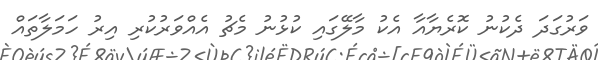
ވަރުގަދަ ދެކުނު ކޮރެޔާއާ އެކު މާލޭގައި ކުޅުނު މެޗު އެއްވަރުކުރި އިރު ހަމަލާތައް